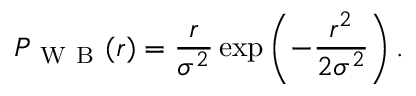
P _ { \mathrm { ~ W ~ B ~ } } ( r ) = \frac { r } { \sigma ^ { 2 } } \exp \left( - \frac { r ^ { 2 } } { 2 \sigma ^ { 2 } } \right) .